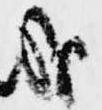
哉